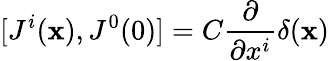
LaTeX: [J^{i}({\mathbf x}),J^{0}(0)]=C\frac{\partial}{\partial x^{i}}\delta({\mathbf x})